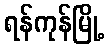
ရန်ကုန်မြို့